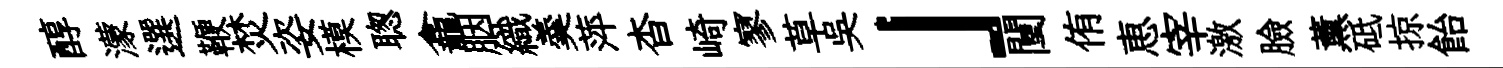
醇濛選鞭焚姿模聦龕胭織羮萍杳崎寥草吴」闉侑恵宰激臉薰砥掠飴